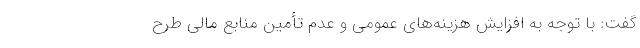
گفت: با توجه به افزایش هزینه‌های عمومی و عدم تأمین منابع مالی طرح